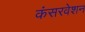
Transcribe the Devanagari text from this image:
कंसरवेशन